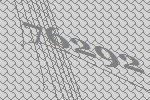
76292